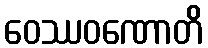
ဝေဿဝဏောတိ